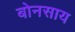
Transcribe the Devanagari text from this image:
बोनसाय